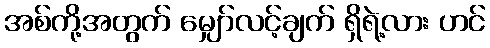
အစ်ကို့အတွက် မျှော်လင့်ချက် ရှိရဲ့လား ဟင်